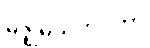
မဇ္ဈိမသဟဂတာ